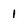
Character: 1